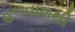
હળવાશથી